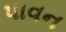
પાવન